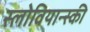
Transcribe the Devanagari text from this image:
स्लोवियान्स्की